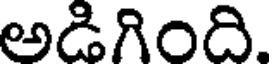
అడిగింది.